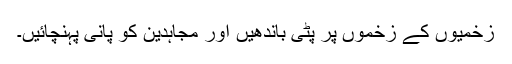
زخمیوں کے زخموں پر پٹی باندھیں اور مجاہدین کو پانی پہنچائیں۔